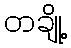
တချို့